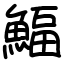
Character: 鰏